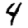
Digit: 4